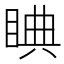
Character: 睓